Lunatic asylums Central Provinces reports 1895-1909 - 1895-1909
Year: 1895
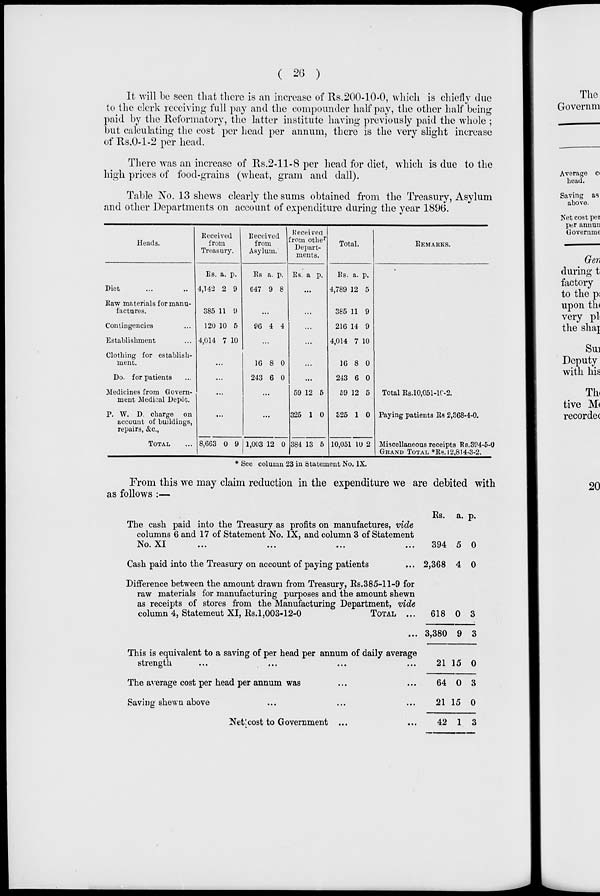
( 26 )
It will be seen that there is an increase of Rs.200-10-0, which is chiefly due
to the clerk receiving full pay and the compounder half pay, the other half being
paid by the Reformatory, the latter institute having previously paid the whole ;
but calculating the cost per head per annum, there is the very slight increase
of Rs.0-1-2 per head.
There was an increase of Rs.2-11-8 per head for diet, which is due to the
high prices of food-grains (wheat, gram and dall).
Table No. 13 shews clearly the sums obtained from the Treasury, Asylum
and other Departments on account of expenditure during the year 1896.
Heads.
Diet... ...
Raw materials for manu-
factures.
Contingencies ...
Establishment ...
Clothing for establish-
ment.
Do. for patients ...
Medicines from Govern-
ment Medical Depot.
P. W. D. charge on
account of buildings,
repairs, &c.,
TOTAL ...
Received
from
Treasury.
Rs.
4,142
385
120
4,014
a.
2
11
10
7
p.
9
9
5
10
...
...
...
...
8,663 0 9
Received
from
Asylum.
Rs
647
a.
9
p.
8
...
96 4 4
...
16
243
8
6
0
0
...
...
1,003 12 0
Received
from other
Depart-
ments.
Rs. a p.
...
...
...
...
...
...
59
325
384
12
1
13
5
0
5
Total.
Rs.
4,789
385
216
4,014
16
243
59
325
10,051
a.
12
11
14
7
8
6
12
1
10
p.
5
9
9
10
0
0
5
0
2
REMARKS.
Total Rs.l0,051-l0-2.
Paying patients Rs 2,368-4-0.
Miscellaneous receipts Rs.394-5-0
GRAND TOTAL *Rs. 12,814-3-2.
* See column 23 in Statement No. IX.
From this we may claim reduction in the expenditure we are debited with
as follows :—
The cash paid into the Treasury as profits on manufactures, vide
columns 6 and 17 of Statement No. IX, and column 3 of Statement
No. XI ... ... ...
Cash paid into the Treasury on account of paying patients...
Difference between the amount drawn from Treasury, Rs. 385-11-9 for
raw materials for manufacturing purposes and the amount shewn
as receipts of stores from the Manufacturing Department, vide
column 4, Statement XI,
Rs.1,003-12-0
TOTAL
...
...
This is equivalent to a saving of per head per annum of daily average
strength
...
...
...
The average cost per head per annum was... ... ...
Saving shewn above... ... ...
Net cost to Government ...
Rs.
394
2,368
618
3,380
21
64
21
42
a.
5
4
0
9
15
0
15
1
p.
0
0
3
3
0
3
0
3